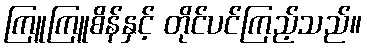
ကြူကြူစိန်နှင့် တိုင်ပင်ကြည့်သည်။